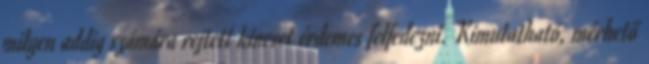
milyen addig számára rejtett kincset érdemes felfedezni. Kimutatható, mérhető